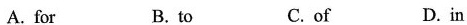
A. for B. to C. of D. in